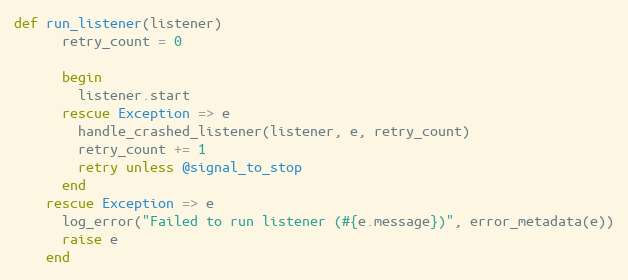
Language: Ruby
def run_listener(listener)
      retry_count = 0

      begin
        listener.start
      rescue Exception => e
        handle_crashed_listener(listener, e, retry_count)
        retry_count += 1
        retry unless @signal_to_stop
      end
    rescue Exception => e
      log_error("Failed to run listener (#{e.message})", error_metadata(e))
      raise e
    end